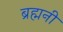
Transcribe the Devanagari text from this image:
ब्रह्मनी